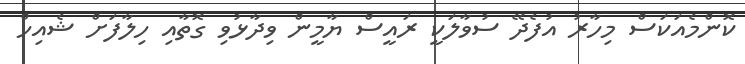
ކޮންމެއަކަސް މިހާރު އުފެދޭ ސުވާލަކީ ރައީސް ޔާމީން ވިދާޅުވި ގޮތާއި ހިލާފަށް ޝެއިހް